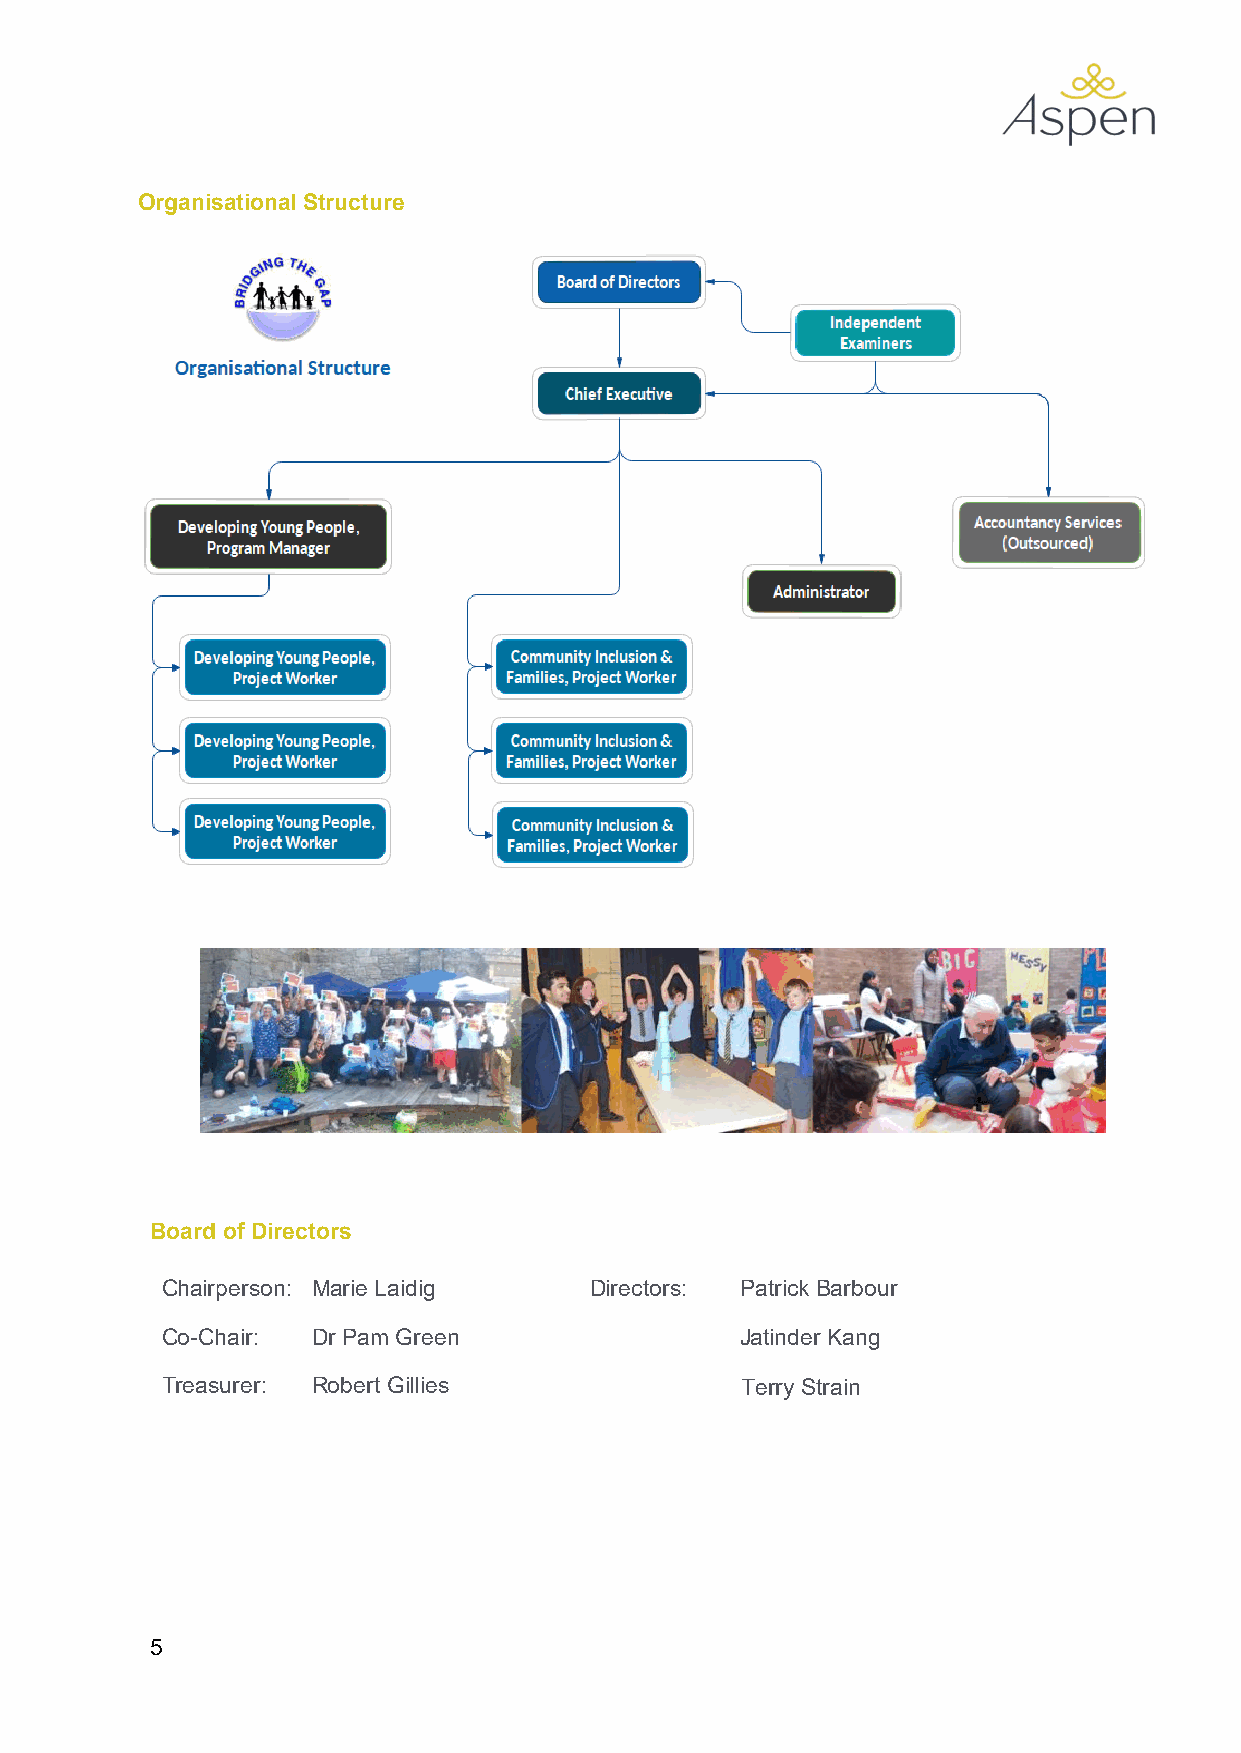
Organisational Structure
 Board of Directors
 Chairperson: Marie Laidig   Directors: Patrick Barbour
 Co-Chair: Dr Pam Green                Jatinder Kang
 Treasurer: Robert Gillies             Terry Strain
 5